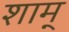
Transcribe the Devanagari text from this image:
शाम्